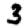
Digit: 3